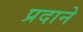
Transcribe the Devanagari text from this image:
प्रदाने